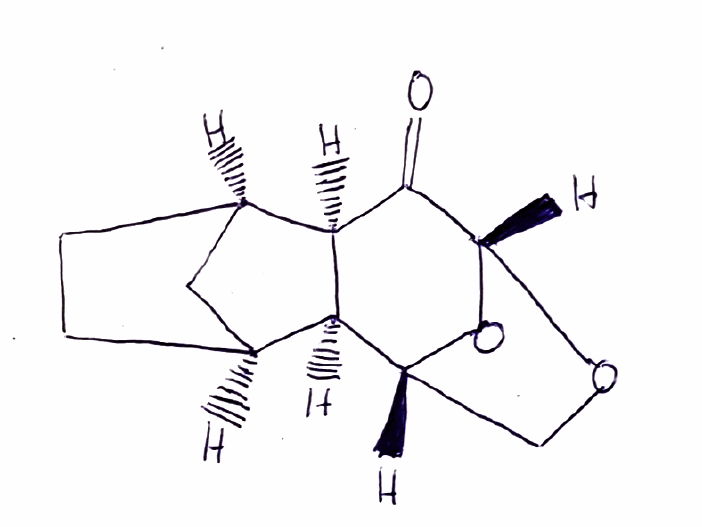
Simplified molecular-input line-entry system (SMILES) notation of the given molecule:
C1C[C@@H]2C[C@H]1[C@H]3[C@@H]2C(=O)[C@@H]4OC[C@H]3O4